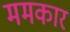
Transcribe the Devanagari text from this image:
ममकार